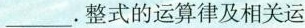
___.整式的运算律及相关运